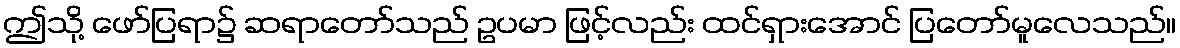
ဤသို့ ဖော်ပြရာ၌ ဆရာတော်သည် ဥပမာ ဖြင့်လည်း ထင်ရှားအောင် ပြတော်မူလေသည်။